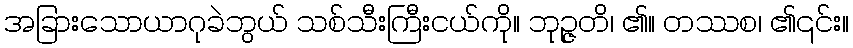
အခြားသောယာဂုခဲဘွယ် သစ်သီးကြီးငယ်ကို။ ဘုဉ္ဇတိ၊ ၏။ တဿစ၊ ၏၎င်း။